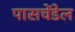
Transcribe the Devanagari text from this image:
पासचेंडेल